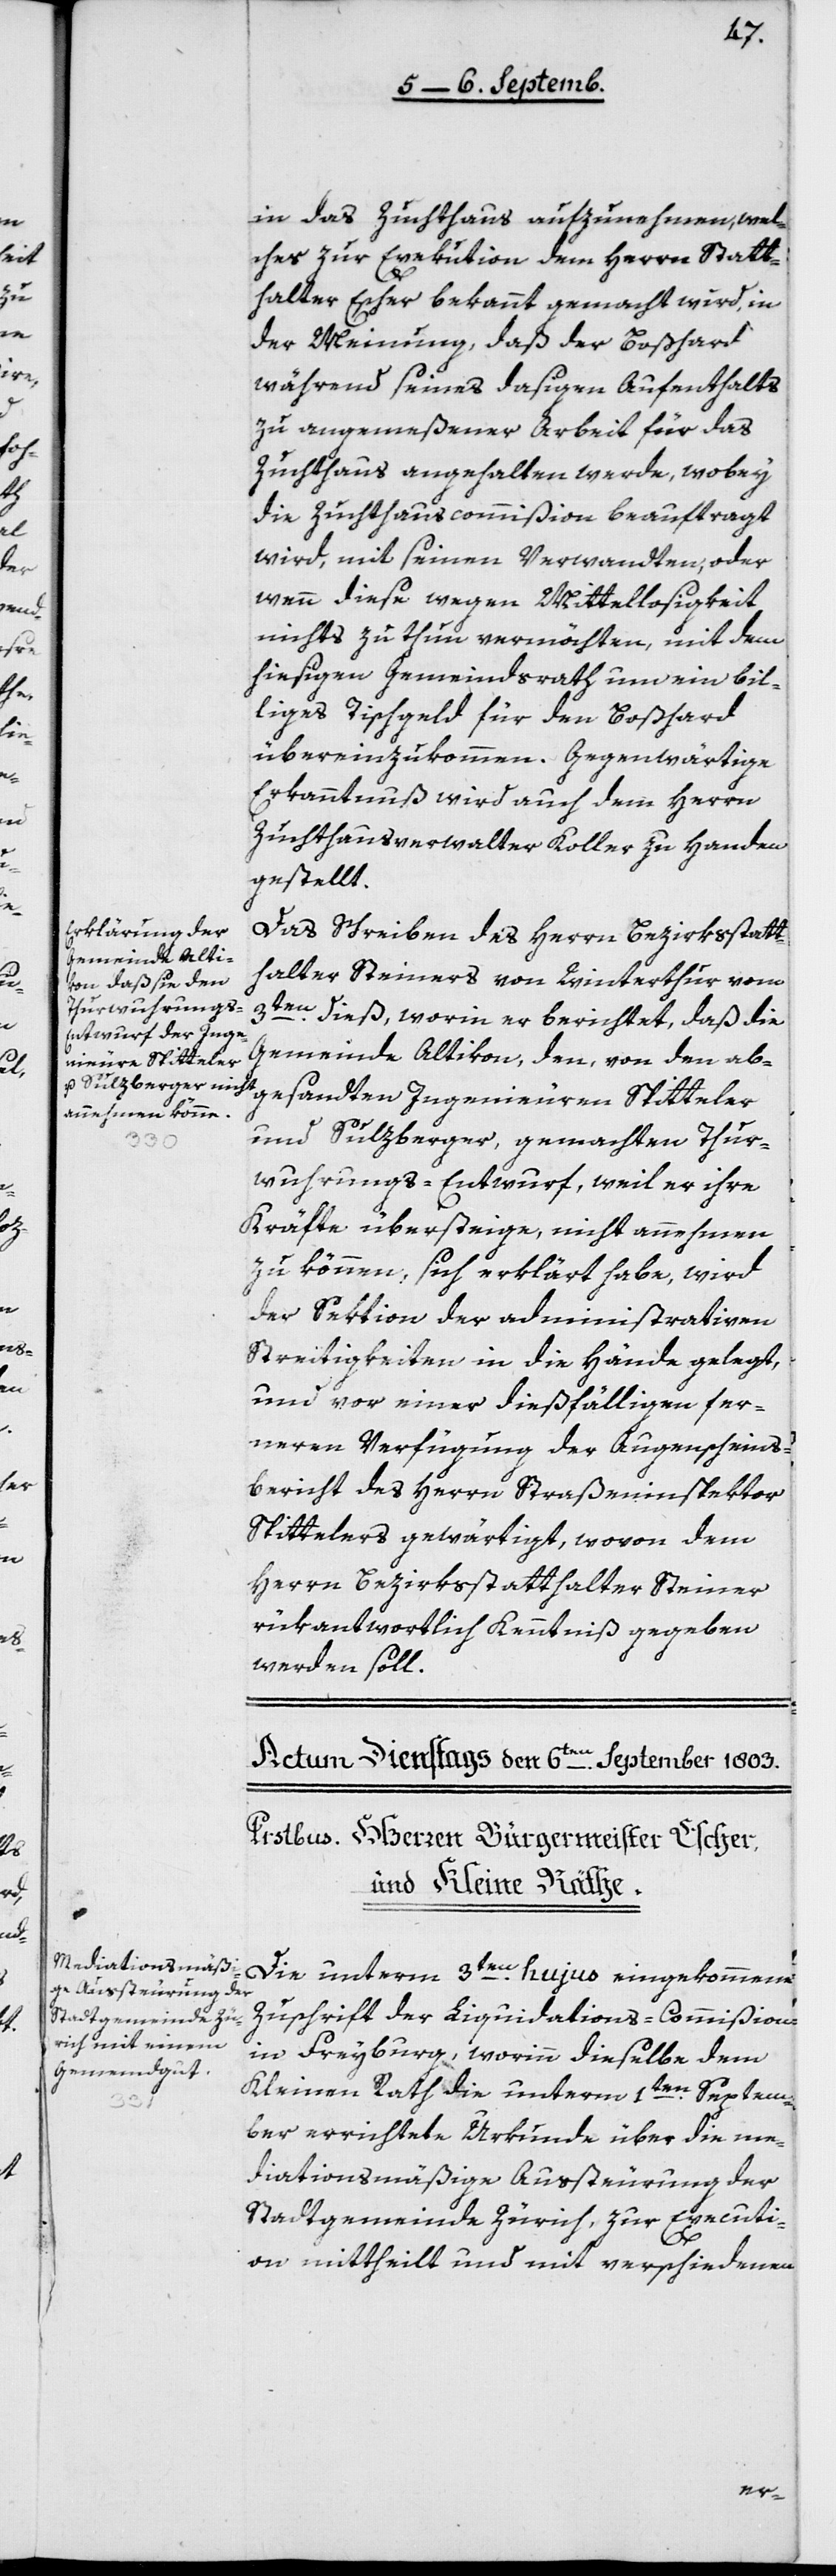
in das Zuchthaus aufzunehmen, wel¬
ches zur Exekution dem Herrn Statt¬
halter Escher bekannt gemacht wird, in
der Meinung, daß der Boßhard
während seines dasigen Aufenthalts
zu angemeßener Arbeit für das
Zuchthaus angehalten werde, wobey
die Zuchthauscommißion beauftragt
wird, mit seinen Verwandten oder
wenn diese wegen Mittellosigkeit
nichts zu thun vermöchten, mit dem
hiesigen Gemeindsrath um ein bil¬
liges Tischgeld für den Boßhard
übereinzukommen. Gegenwärtige
Erkanntnuß wird auch dem Herrn
Zuchthausverwalter Koller zu Handen
gestellt.
Das Schreiben des Herrn Bezirksstatt¬
halter Steiners von Winterthur vom
3ten dieß, worin er berichtet, daß die
Gemeinde Altikon den, von den ab¬
gesandten Ingenieuren Spitteler
und Sulzberger gemachten Thur¬
wuhrungs-Entwurf, weil er ihre
Kräfte übersteige, nicht annehmen
zu können, sich erklärt habe, wird
der Sektion der administrativen
Streitigkeiten in die Hände gelegt,
und vor einer dießfälligen fer¬
neren Verfügung der Augenscheins¬
bericht des Herrn Straßeninspektor
Spittelers gewärtigt, wovon dem
Herrn Bezirksstatthalter Steiner
rükantwortlich Kenntniß gegeben
werden soll.
Die unterm 3ten hujus eingekommene
Zuschrift der Liquidations-Commißion
in Freyburg, worinn dieselbe dem
Kleinen Rath die unterm 1ten Septem¬
ber errichtete Urkunde über die me¬
diationsmäßige Aussteurung der
Stadtgemeinde Zürich zur Executi¬
on mittheilt und mit verschiedenen